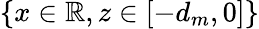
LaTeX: \{ x\in\mathbb{R},z\in[-d_{m},0]\}